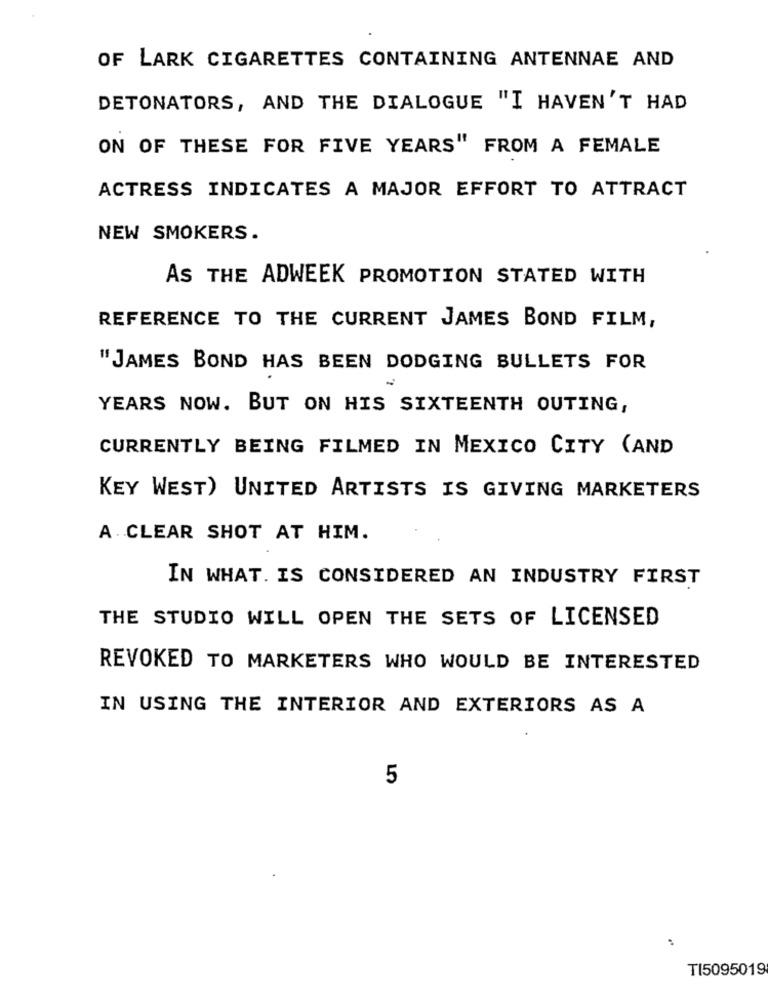
OF LARK CIGARETTES CONTAINING ANTENNAE AND
DETONATORS, AND THE DIALOGUE "I HAVEN'T HAD
ON OF THESE FOR FIVE YEARS" FROM A FEMALE
ACTRESS INDICATES A MAJOR EFFORT TO ATTRACT
NEW SMOKERS.
AS THE ADWEEK PROMOTION STATED WITH
REFERENCE TO THE CURRENT JAMES BOND FILM,
"JAMES BOND HAS BEEN DODGING BULLETS FOR
YEARS NOW. BUT ON HIS SIXTEENTH OUTING,
CURRENTLY BEING FILMED IN MEXICO CITY (AND
KEY WEST) UNITED ARTISTS IS GIVING MARKETERS
A CLEAR SHOT AT HIM.
IN WHAT. IS CONSIDERED AN INDUSTRY FIRST
THE STUDIO WILL OPEN THE SETS OF LICENSED
REVOKED TO MARKETERS WHO WOULD BE INTERESTED
IN USING THE INTERIOR AND EXTERIORS AS A
5
TI5095019